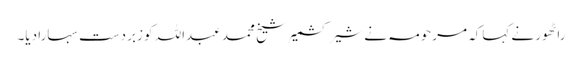
راٹھور نے کہاکہ مرحومہ نے شیر کشمیر شیخ محمد عبداللہ کو زبردست سہارا دیا۔